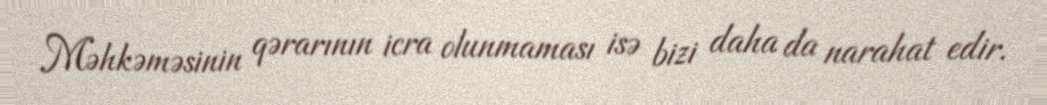
Məhkəməsinin qərarının icra olunmaması isə bizi daha da narahat edir.